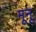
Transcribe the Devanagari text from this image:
मूनू